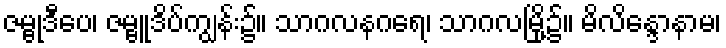
ဇမ္ဗုဒီပေ၊ ဇမ္ဗူဒိပ်ကျွန်း၌။ သာဂလနဂရေ၊ သာဂလမြို့၌။ မိလိန္ဒောနာမ၊